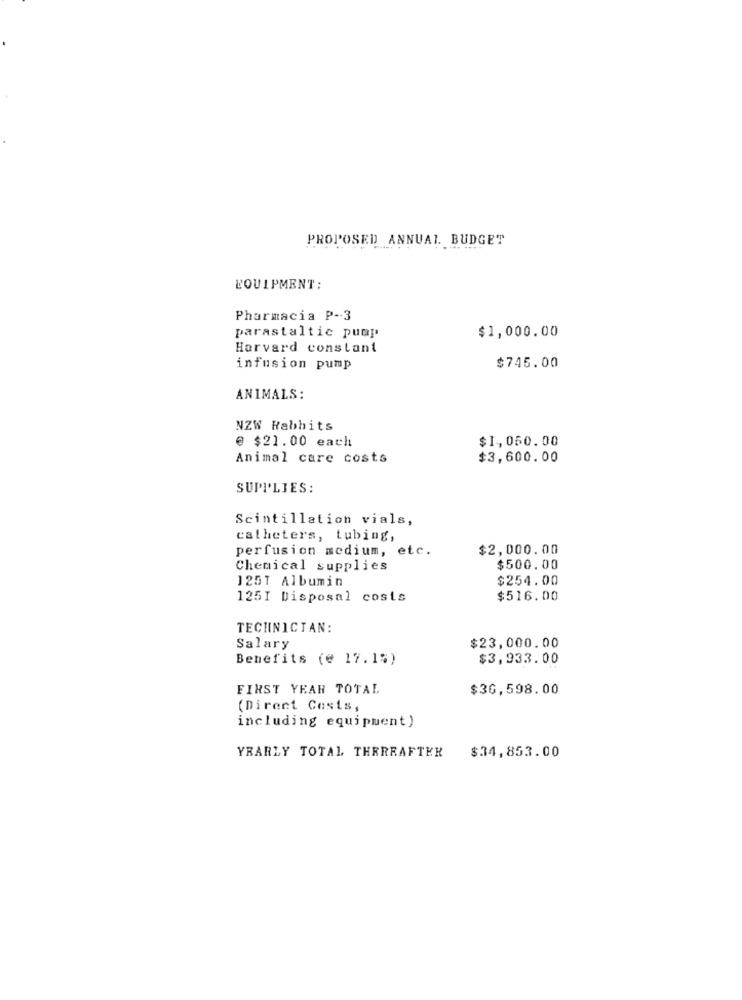
PROPOSED ANNUAL. BUDGET
EQUIPMENT:
Pharmacia P-3
$1,000.00
parastaltic pump
Harvard constant
infusion pump
$745.00
ANIMALS:
NZW Habbits
@ $21.00 each
$1,050.00
Animal care costs
$3,600.00
SUPPLIES:
Scintillation vials,
catheters, tubing,
perfusion medium, etc.
$2,000.00
Chemical supplies
$500.00
125T Albumin
$254.00
125I Disposal costs
$516.00
TECHNICIAN:
Salary
$23,000.00
Benefits (e 17.1%)
$3,933.00
FIRST YEAR TOTAL
$30,598.00
(Direct Costs,
including equipment)
YRARLY TOTAL THEREAFTER
$34,853.00